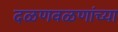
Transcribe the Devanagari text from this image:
दळणवळणांच्या